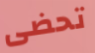
تحضى